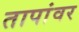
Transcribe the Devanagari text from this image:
तापांवर